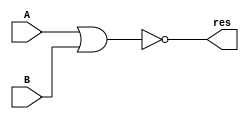
`timescale 1ns / 1ps
//////////////////////////////////////////////////////////////////////////////////
// Company: 
// Engineer: 
// 
// Design Name: 
// Module Name:    and32 
// Project Name: 
// Target Devices: 
// Tool versions: 
// Description: 
//
// Dependencies: 
//
// Revision: 
// Revision 0.01 - File Created
// Additional Comments: 
//
//////////////////////////////////////////////////////////////////////////////////
module nor32(
	input [31:0] A,
	input [31:0] B,
	output [31:0] res
);
	assign res = ~(A | B);
endmodule